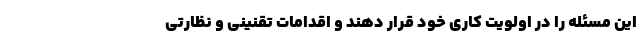
این مسئله را در اولویت کاری خود قرار دهند و اقدامات تقنینی و نظارتی